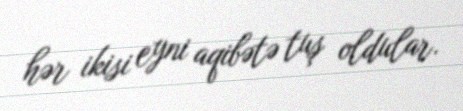
hər ikisi eyni aqibətə tuş oldular.